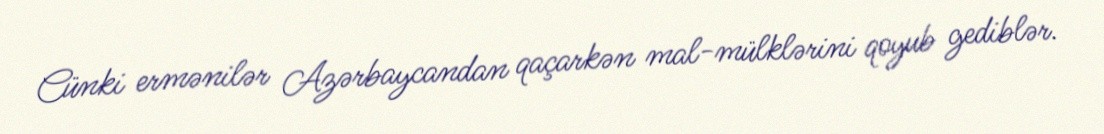
Cünki ermənilər Azərbaycandan qaçarkən mal-mülklərini qoyub gediblər.